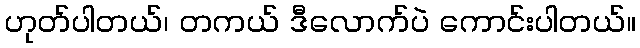
ဟုတ်ပါတယ်၊ တကယ် ဒီလောက်ပဲ ကောင်းပါတယ်။